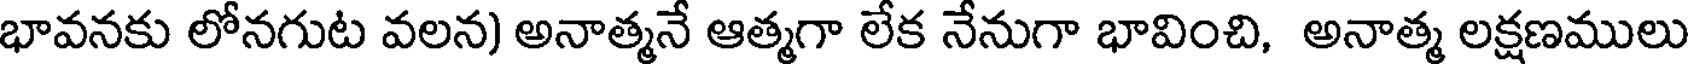
భావనకు లోనగుట వలన) అనాత్మనే ఆత్మగా లేక నేనుగా భావించి, అనాత్మ లక్షణములు